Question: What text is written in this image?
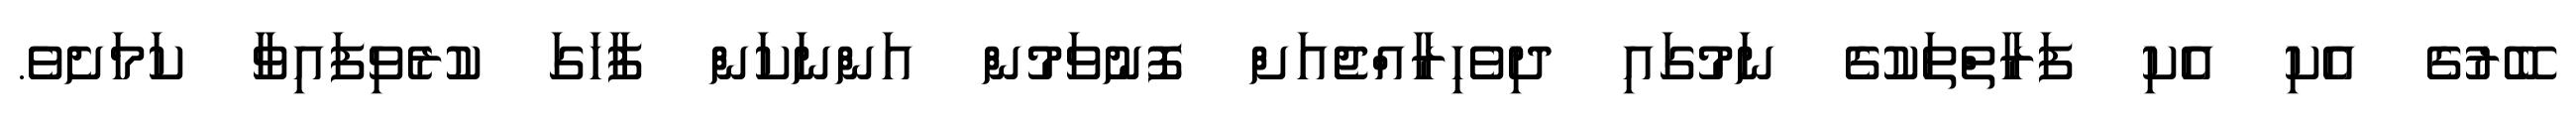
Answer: ބޭރުގެ އެކި އެކި ފަރާތްތަކުގެ ނަމުގައި ދިވެހިރާއްޖެއަށް ފޮނުވަމުން އަންނަކަން ފާހަގަ ކުރެވިފައިވާ ކަމަށެވެ.